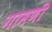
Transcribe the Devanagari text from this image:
गामणी